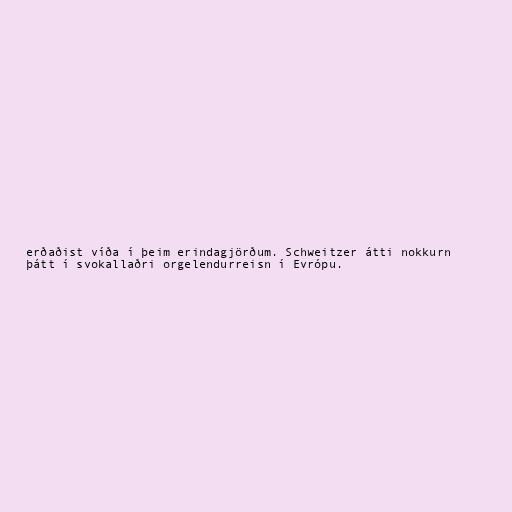
erðaðist víða í þeim erindagjörðum. Schweitzer átti nokkurn
þátt í svokallaðri orgelendurreisn í Evrópu.